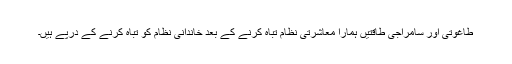
طاغوتی اور سامراجی طاقتیں ہمارا معاشرتی نظام تباہ کرنے کے بعد خاندانی نظام کو تباہ کرنے کے درپے ہیں۔